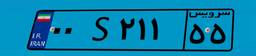
۰۰S۲۱۱۵۵